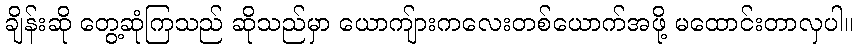
ချိန်းဆို တွေ့ဆုံကြသည် ဆိုသည်မှာ ယောကျ်ားကလေးတစ်ယောက်အဖို့ မထောင်းတာလှပါ။